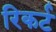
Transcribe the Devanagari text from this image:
रिकर्ट